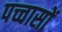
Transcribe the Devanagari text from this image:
पच्चासों